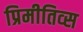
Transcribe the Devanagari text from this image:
प्रिमीतिव्स